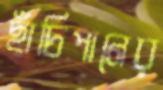
ছাঁচিপানের